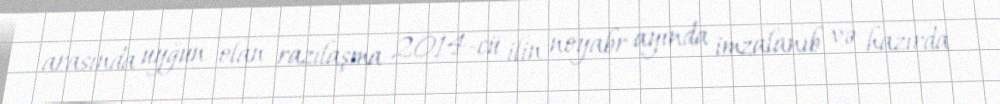
arasında uyğun olan razılaşma 2014-cü ilin noyabr ayında imzalanıb və hazırda